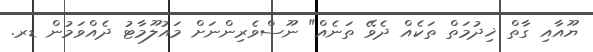
ޔޫއާއި ގާތް ޚިދުމަތް ތަކެއް ދެވޭ ތަނެއް" ނޫސްވެރިންނަށް މައުލޫމާޓު ދެއްވަމުން ޑރ.